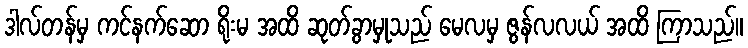
ဒါလ်တန်မှ ကင်နက်ဆော ရိုးမ အထိ ဆုတ်ခွာမှုသည် မေလမှ ဇွန်လလယ် အထိ ကြာသည်။